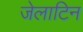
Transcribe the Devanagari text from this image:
जेलाटिन